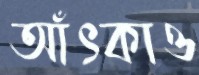
আঁৎকাও